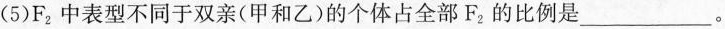
(5)F_{2}中表型不同于双亲(甲和乙)的个体占全部F_{2}的比例是___。